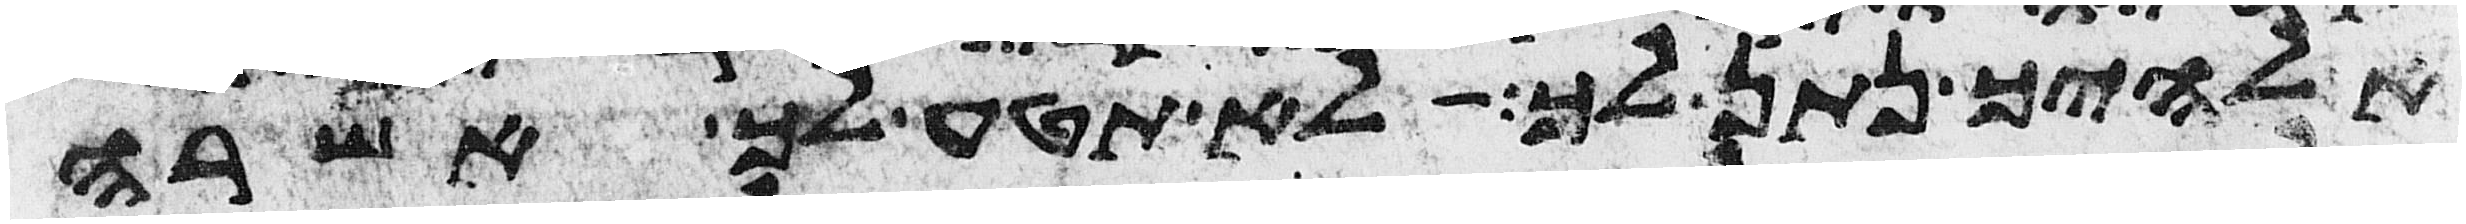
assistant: אלהיך נתן לך לא תטע לך אשרה